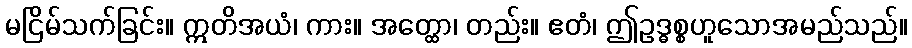
မငြိမ်သက်ခြင်း။ ဣတိအယံ၊ ကား။ အတ္ထော၊ တည်း။ ဧတံ၊ ဤဥဒ္ဓစ္စဟူသောအမည်သည်။